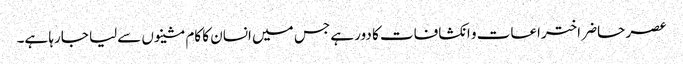
عصر حاضر اختراعات و انکشافات کا دور ہے جس میں انسان کا کام مشینوں سےلیا جارہا ہے۔